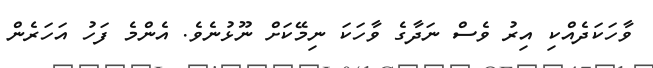
ވާހަކަދެއްކި އިރު ވެސް ނަދާގެ ވާހަކަ ނިމޭކަށް ނޫޅުނެވެ. އެންމެ ފަހު އަހަރެން